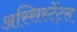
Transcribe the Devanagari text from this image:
अस्सिस्टेंट्स